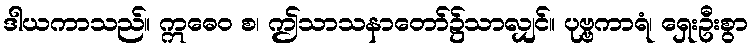
ဒါယကာသည်။ ဣဓေဝ စ၊ ဤသာသနာတော်၌သာလျှင်။ ပုဗ္ဗကာရံ၊ ရှေးဦးစွာ